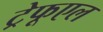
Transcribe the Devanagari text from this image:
ट्रेफूएल